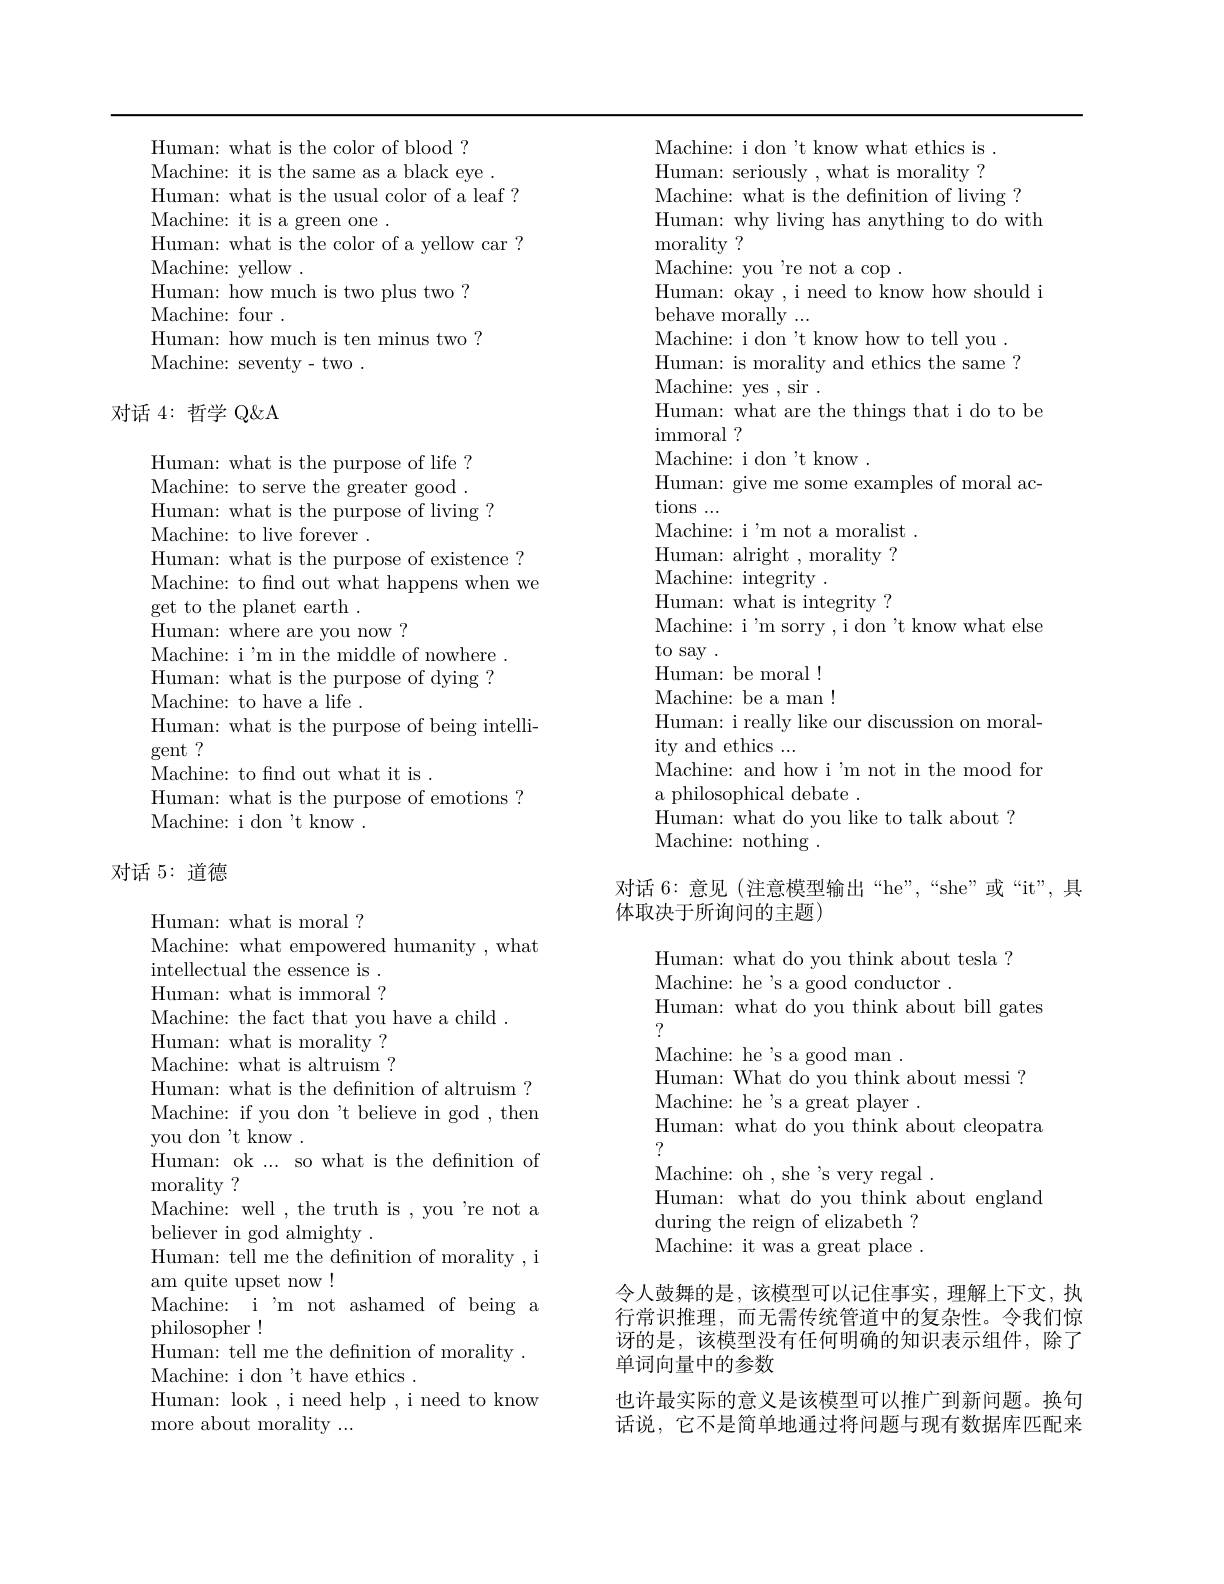
Human: what is the color of blood ?
Machine: it is the same as a black eye .
Human: what is the usual color of a leaf ?
Machine: it is a green one .
Human: what is the color of a yellow car ?
Machine: yellow .
Human: how much is two plus two ?
Machine: four .
Human: how much is ten minus two ?
Machine: seventy- two .

## 对话4：哲学 Q&A

Human: what is the purpose of life ? Machine: to serve the greater good . Human: what is the purpose of living ?
Machine: to live forever .
Human: what is the purpose of existence ? Machine: to find out what happens when we get to the planet earth .
Human: where are you now ?
Machine: i'm in the middle of nowhere Human: what is the purpose of dying ? Machine: to have a life .
Human: what is the purpose of being intelli-
gent ?
Machine: to fnd out what it is .
Human: what is the purpose of emotions ?
Machine: i don't know .

## 对话 5: 道德

Human: what is moral ?
Machine: what empowered humanity , what
intellectual the essence is . Human: what is immoral ? Machine: the fact that you have a child .
Human: what is morality ? Machine: what is altruism ? Human: what is the definition of altruism ? Machine: if you don "t believe in god , then you don't know .
Human: ok ... so what is the defnition of
morality ?
Machine: well , the truth is , you 're not a
believer in god almighty .
Human: tell me the definition of morality , i
am quite upset now!
Machine: i'm not ashamed of being a
philosopher!
Human: tell me the defnition of morality .
Machine: i don't have ethics .
Human: look ,i need help ,i need to know
more about morality ...

Machine: i don't know what ethics is . Human: seriously , what is morality ? Machine: what is the definition of living ?
Human: why living has anything to do with
${\mathrm{morality~?}}$
Machine: you're not a cop .
Human: okay , i need to know how should i
behave morally ...
Machine: i don "t know how to tell you . Human: is morality and ethics the same ? Machine: yes , sir .
Human: what are the things that i do to be
immoral ?
Machine: i don 't know .
Human: give me some examples of moral ac-
tions ...
Machine: i'm not a moralist . Human: alright , morality ? Machine: integrity .
Human: what is integrity ?
Machine: i'm sorry , i don "t know what else
to say .
Human: be moral! Machine: be a man! Human: i really like our discussion on moral-
ity and ethics ...
Machine: and how i'm not in the mood for
a philosophical debate .
${\mathrm{Human:~what~do~you~like~to~talk~about~?}}$
Machine: nothing .

对话 6: 意见 (注意模型输出“he”,“she”或“it”,具
## 体取决于所询问的主题)

Human: what do you think about tesla ?
Machine: he's a good conductor .
Human: what do you think about bill gates
?
Machine: he's a good man .
Human: What do you think about messi ?
Machine: he's a great player .
Human: what do you think about cleopatra
?
Machine: oh , she's very regal .
Human: what do you think about england
during the reign of elizabeth ? Machine: it was a great place .

令人鼓舞的是，该模型可以记住事实，理解上下文，执行常识推理，而无需传统管道中的复杂性。令我们惊讶的是，该模型没有任何明确的知识表示组件，除了单词向量中的参数
也许最实际的意义是该模型可以推广到新问题。换句话说，它不是简单地通过将问题与现有数据库匹配来